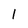
Character: l